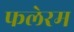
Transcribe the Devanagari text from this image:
फलेरम